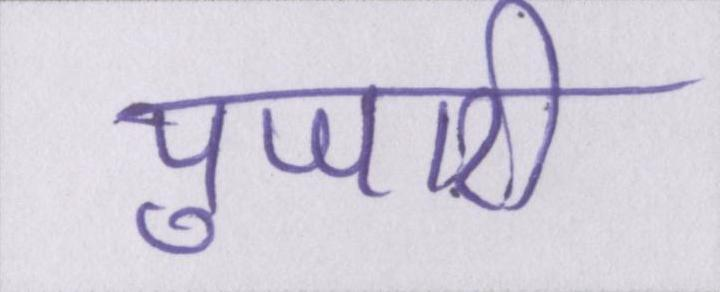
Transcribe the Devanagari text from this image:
पुजारी